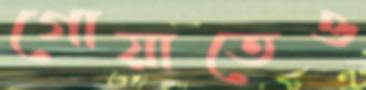
গোয়াতেও